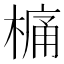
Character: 𣘋